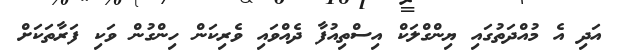
އަދި އެ މުއްދަތުގައި ޔިންގްލަކް އިސްތިއުފާ ދެއްވައި ވެރިކަން ހިންގުން ވަކި ފަރާތަކަށް